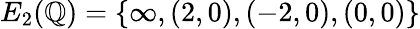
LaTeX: E_{2}(\mathbb{Q})=\{ \infty,(2,0),(-2,0),(0,0)\}